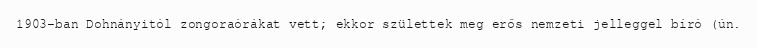
1903-ban Dohnányitól zongoraórákat vett; ekkor születtek meg erős nemzeti jelleggel bíró (ún.